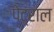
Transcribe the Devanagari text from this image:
पेट्राल